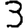
Digit: 3